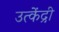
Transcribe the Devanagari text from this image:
उत्केंद्री